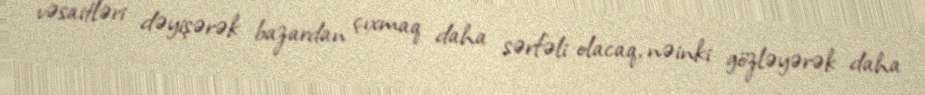
vəsaitləri dəyişərək bazardan çıxmaq daha sərfəli olacaq, nəinki gözləyərək daha